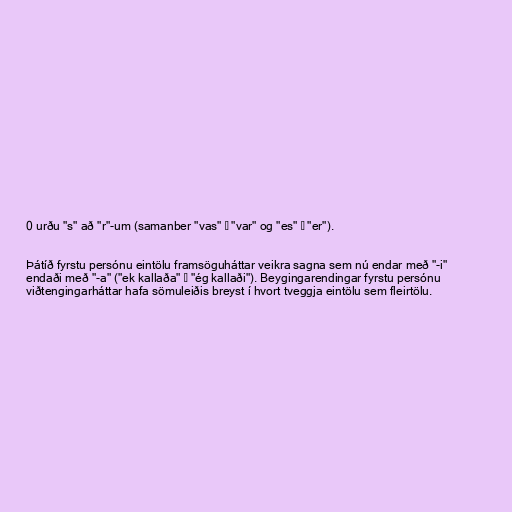
0 urðu "s" að "r"-um (samanber "vas" → "var" og "es" → "er").

Þátíð fyrstu persónu eintölu framsöguháttar veikra sagna sem nú endar með "-i"
endaði með "-a" ("ek kallaða" → "ég kallaði"). Beygingarendingar fyrstu persónu
viðtengingarháttar hafa sömuleiðis breyst í hvort tveggja eintölu sem fleirtölu.